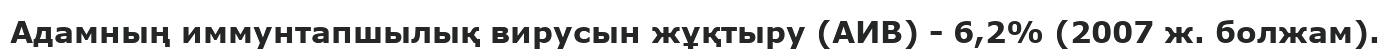
Адамның иммунтапшылық вирусын жұқтыру (АИВ) - 6,2% (2007 ж. болжам).